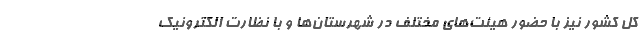
کل کشور نیز با حضور هیئت‌های مختلف در شهرستان‌ها و با نظارت الکترونیک